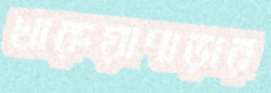
খারুয়াপাড়ার